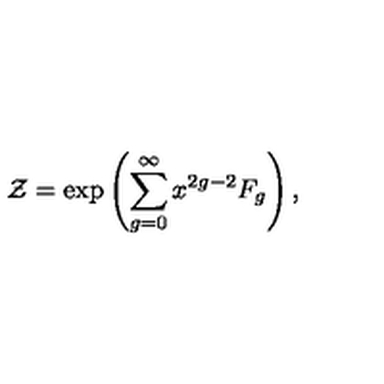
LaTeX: \mathcal { Z } = \exp \left( \sum _ { g = 0 } ^ { \infty } x ^ { 2 g - 2 } F _ { g } \right) ,